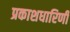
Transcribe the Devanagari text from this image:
प्रकाशधारिणी